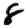
Digit: 8